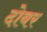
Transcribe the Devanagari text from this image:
दोबर